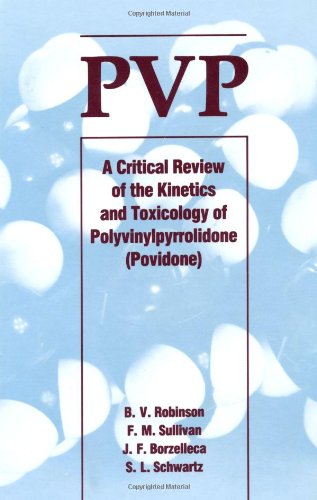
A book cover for PVP: A Critical Review of the Kinetics and Toxicology of Polyvinylpyrrolidone (Povidone); B. V. Robinson; Medical Books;